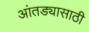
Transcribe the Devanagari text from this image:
आंतड्यासाठी